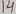
Text: 14